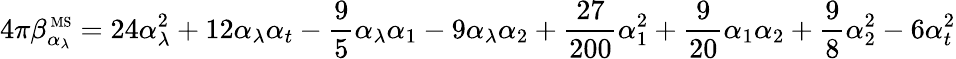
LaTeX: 4\pi\beta_{\alpha_{\lambda}}^{\mathrm{{\scriptsize~MS}}}=24\alpha_{\lambda}^{2}+12\alpha_{\lambda}\alpha_{t}-\frac{9}{5}\alpha_{\lambda}\alpha_{1}-9\alpha_{\lambda}\alpha_{2}+\frac{27}{200}\alpha_{1}^{2}+\frac{9}{20}\alpha_{1}\alpha_{2}+\frac{9}{8}\alpha_{2}^{2}-6\alpha_{t}^{2}